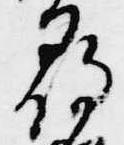
尋